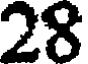
28